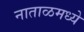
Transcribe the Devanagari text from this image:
नाताळमध्ये